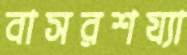
বাসরশয্যা